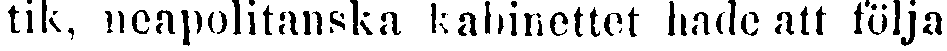
tik, neapolitanska kabinettet hade att följa,